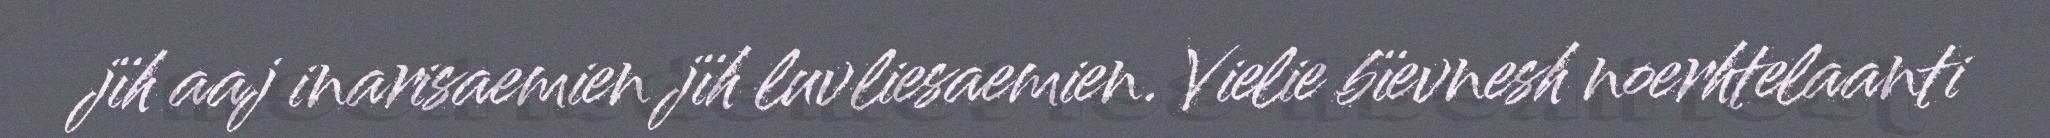
jïh aaj inarisaemien jïh luvliesaemien. Vielie bïevnesh noerhtelaanti